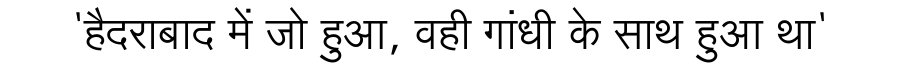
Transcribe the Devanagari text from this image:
'हैदराबाद में जो हुआ, वही गांधी के साथ हुआ था'